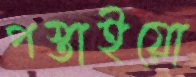
পস্তাইয়ো